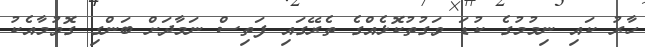
ހާރު ކައި ނިމުމުގެ ކުޑަ ވަގުތުކޮޅެއްގެ ތެރޭގައި ފަތިސް ނަމާދަށް ބަންގި ގޮވުމާއެކު